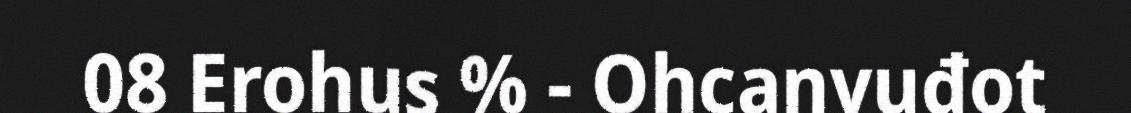
08 Erohus % - Ohcanvuđot